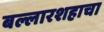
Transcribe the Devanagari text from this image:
बल्लारशहाचा